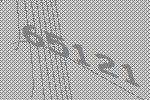
65121